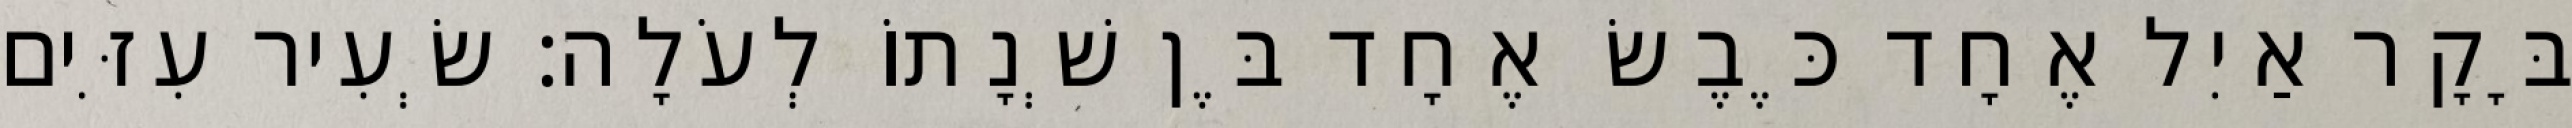
בָּקָר אַיִל אֶחָד כֶּבֶשׂ אֶחָד בֶּן שְׁנָתוֹ לְעֹלָה׃ שְׂעִיר עִזִּים